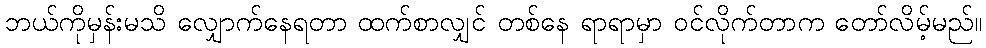
ဘယ်ကိုမှန်းမသိ လျှောက်နေရတာ ထက်စာလျှင် တစ်နေ ရာရာမှာ ဝင်လိုက်တာက တော်လိမ့်မည်။